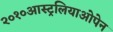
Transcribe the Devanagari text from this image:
२०१०आस्ट्रलियाओपेन